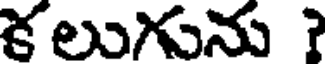
కలుగును ?